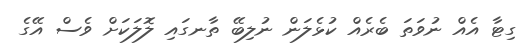
ގިޓާ އެއް ނުވަތަ ބެރެއް ކުޅެލަން ނުލިބޭ ތާނގައި ލޮލަކަށް ވެސް އޭގެ